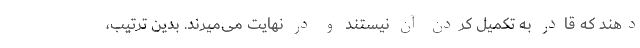
دهند که قادر به تکمیل کردن آن نیستند و در نهایت می‌میرند. بدین ترتیب،